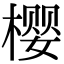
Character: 樱